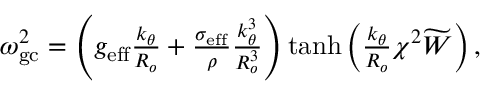
\begin{array} { r } { \omega _ { \mathrm { g c } } ^ { 2 } = \left( g _ { \mathrm { e f f } } \frac { k _ { \theta } } { R _ { o } } + \frac { \sigma _ { \mathrm { e f f } } } { \rho } \frac { k _ { \theta } ^ { 3 } } { R _ { o } ^ { 3 } } \right) \operatorname { t a n h } { \left( \frac { k _ { \theta } } { R _ { o } } \chi ^ { 2 } \widetilde { W } \right) } \mathrm { \, , } } \end{array}